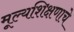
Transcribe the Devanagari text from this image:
मूल्यशिक्षणाचे